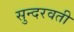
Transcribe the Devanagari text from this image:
सुन्दरवती